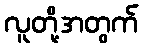
လူတို့အတွက်